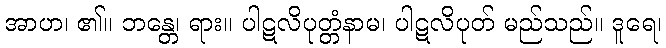
အာဟ၊ ၏။ ဘန္တေ၊ ရား။ ပါဋလိပုတ္တံနာမ၊ ပါဋလိပုတ် မည်သည်။ ဒူရေ၊